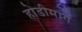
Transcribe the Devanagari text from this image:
होडीमार्गे